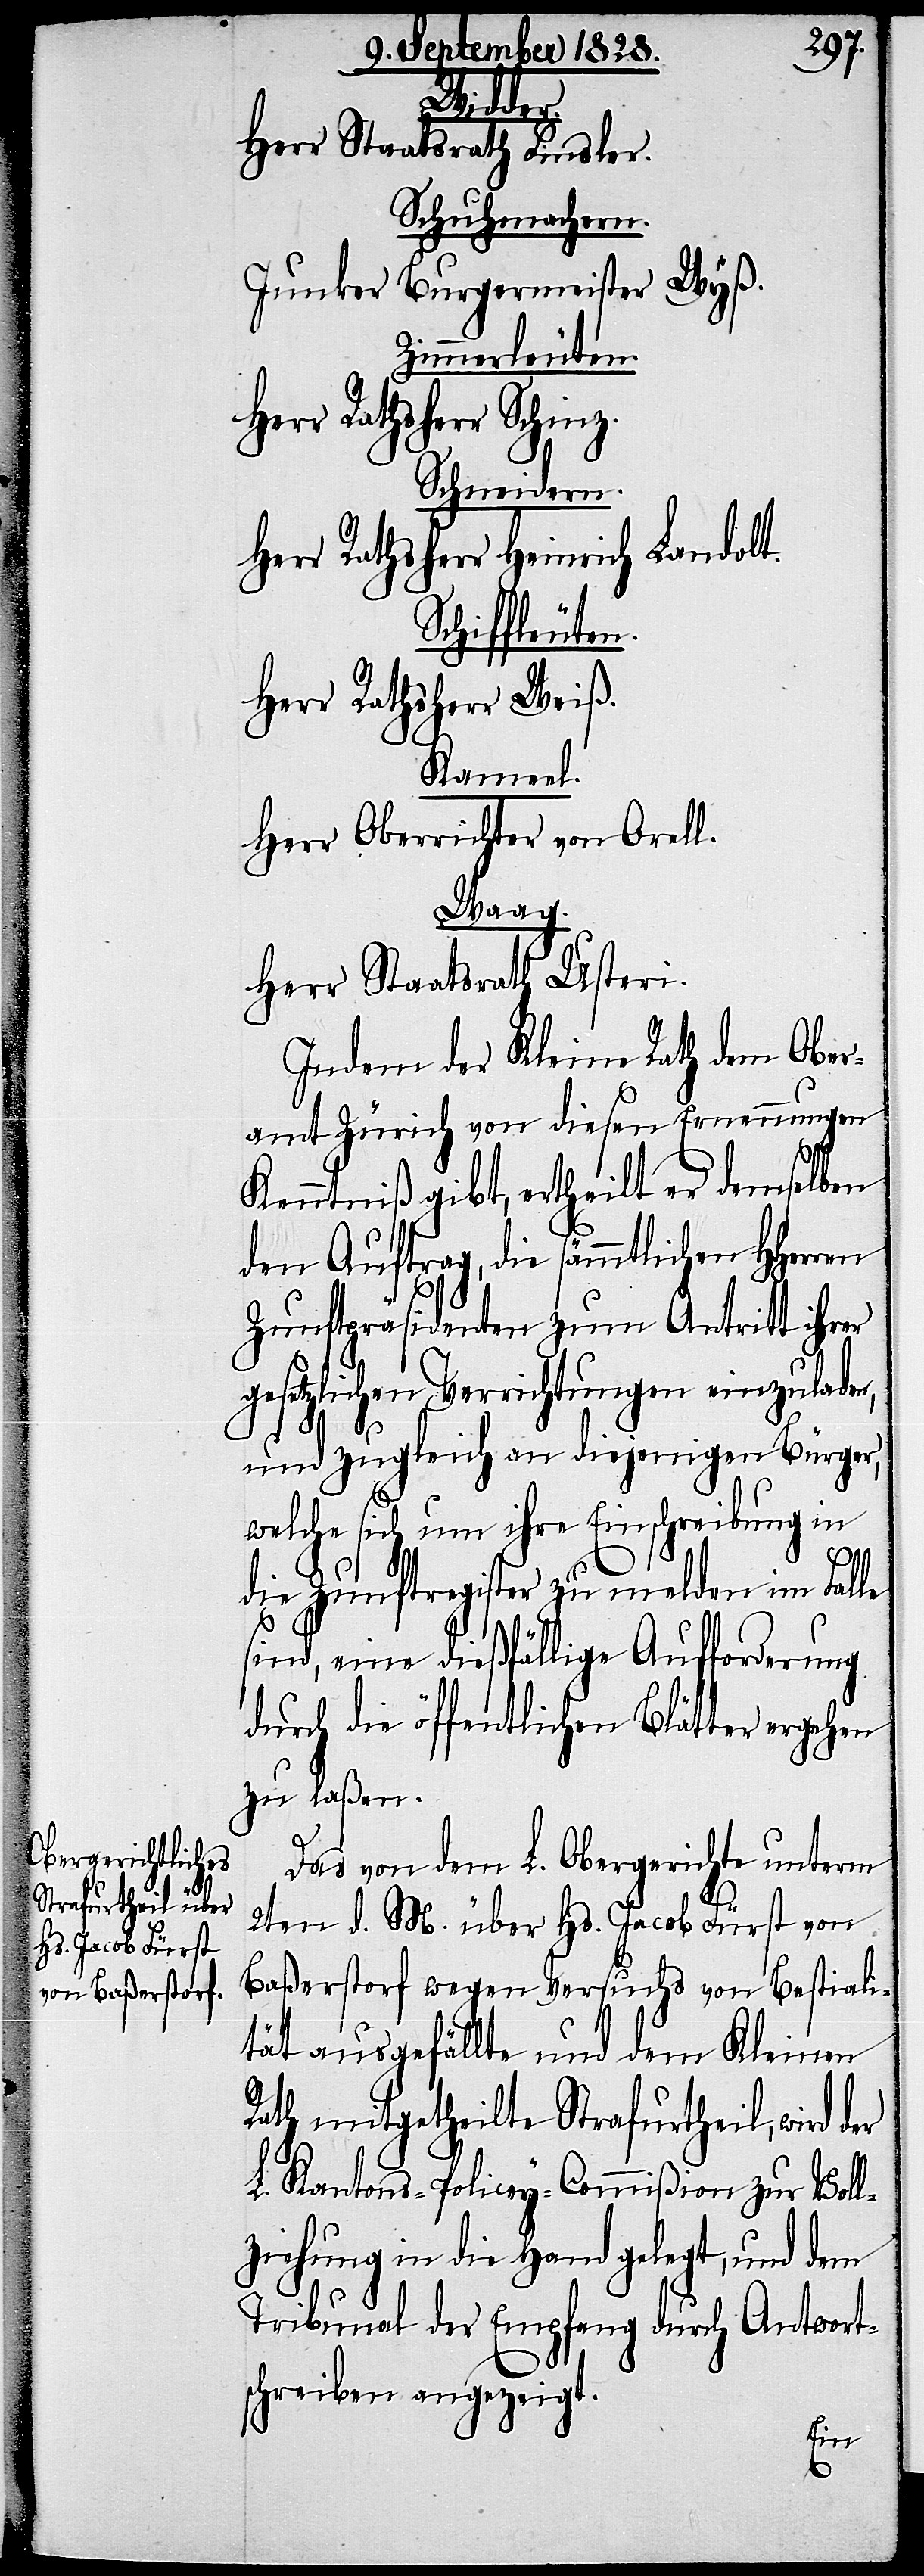
Widder.
Herr Staatsrath Finsler.
Schuhmachern.
Wyß.
Junker Burgermeister
Zimmerleuten.
Herr Rathsherr Schinz.
Schneidern.
Landolt.
Herr Rathsherr Heinrich
Schiffleuten.
Herr Rathsherr Weiß.
Kameel.
Herr Oberrichter von Orell.
Waag.
Herr Staatsrath Usteri.
Indem der Kleine Rath dem Ober¬
amt Zürich von diesen Ernennungen
Kenntniß gibt, ertheilt er demselben
den Auftrag, die sämmtlichen HHerren
Zunftpräsidenten zum Antritt ihrer
gesetzlichen Verrichtungen einzuladen,
und zugleich an diejenigen Bürger,
welche sich um ihre Einschreibung in
die Zunftregister zu melden im Falle
sind, eine dießfällige Aufforderung
durch die öffentlichen Blätter ergehen
zu laßen.
Das von dem L. Obergerichte unterm
2ten d. M. über Hs. Jacob Fürst von
Baßerstorf wegen Versuchs von Bestiali¬
tät ausgefällte und dem Kleinen
Rath mitgetheilte Strafurtheil, wird
L. Kantons-Policey-Commißion zur Voll¬
ziehung in die Hand gelegt, und dem
Tribunal der Empfang durch Antwort¬
schreiben angezeigt.